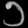
Digit: ၁